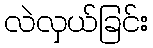
လဲလှယ်ခြင်း